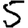
Digit: 5